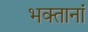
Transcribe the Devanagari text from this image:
भक्तानां